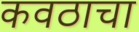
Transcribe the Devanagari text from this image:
कवठाचा